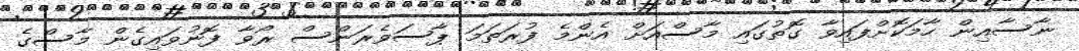
ނާސާއިން ހާމަކޮށްފައިވާ ގޮތުގައި މާސްއަށް އެންމެ ފުރަތަމަ ޕާސަވެރަންސް ރޯވާ ފޮނުވައިގެން މާސްގެ